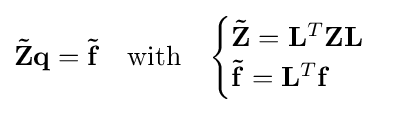
\mathbf {\tilde {Z}} \mathbf {q} =\mathbf {\tilde {f}} \quad {\text{with}}\quad {\begin{cases}\mathbf {\tilde {Z}} =\mathbf {L} ^{T}\mathbf {Z} \mathbf {L} \\\mathbf {\tilde {f}} =\mathbf {L} ^{T}\mathbf {f} \end{cases}}